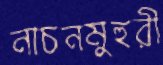
নাচনমুহুরী